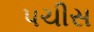
પચીસ